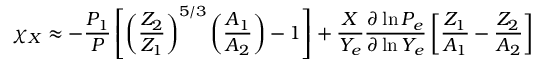
\chi _ { X } \approx - { \frac { P _ { 1 } } { P } } \left[ \left( { \frac { Z _ { 2 } } { Z _ { 1 } } } \right) ^ { 5 / 3 } \left( { \frac { A _ { 1 } } { A _ { 2 } } } \right) - 1 \right] + { \frac { X } { Y _ { e } } } { \frac { \partial \ln P _ { e } } { \partial \ln Y _ { e } } } \left[ { \frac { Z _ { 1 } } { A _ { 1 } } } - { \frac { Z _ { 2 } } { A _ { 2 } } } \right]